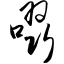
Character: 啜